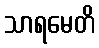
သာရမေတိ